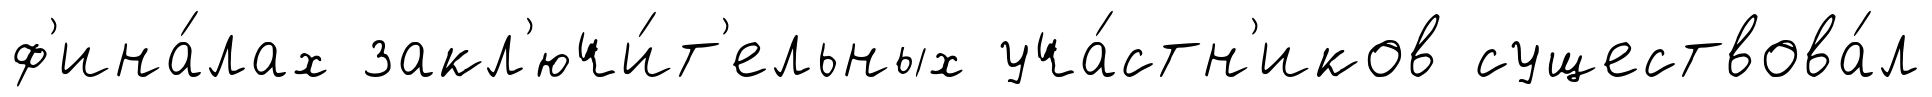
ф'ина́лах закл'ючи́т'ельных уча́стн'иков существова́л